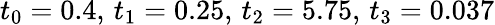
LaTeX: t_{0}=0.4,\, t_{1}=0.25,\, t_{2}=5.75,\, t_{3}=0.037